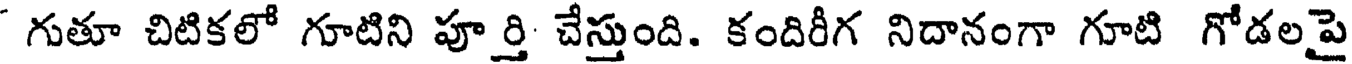
గుతూ చిటికలో గూటిని పూర్తి చేస్తుంది. కందిరీగ నిదానంగా గూటి గోడలపై